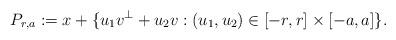
LaTeX: \begin{align*}P_{r,a}:=x+ \{u_1v^{\perp}+u_2v : (u_1,u_2) \in [-r,r] \times [-a,a]\}.\end{align*}